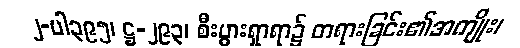
၂-ပါ၃၉၅၊ ဋ္ဌ-၂၉၃၊ စီးပွားရှာရာ၌ တရားခြင်း၏အကျိုး၊